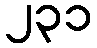
၂၃၁